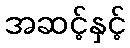
အဆင့်နှင့်